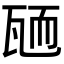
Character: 𦓓